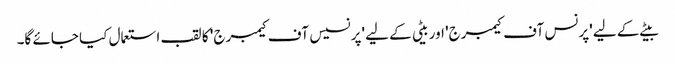
بیٹے کے لیے 'پرنس آف کیمبرج' اور بیٹی کے لیے 'پرنسیس آف کیمبرج' کا لقب استعمال کیا جائے گا۔